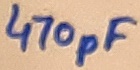
Text: 470pF